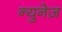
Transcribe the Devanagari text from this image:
न्युनेज़